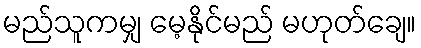
မည်သူကမျှ မေ့နိုင်မည် မဟုတ်ချေ။